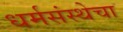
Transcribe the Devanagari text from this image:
धर्मसंस्थेचा